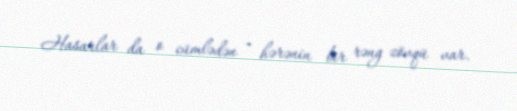
Hasarlar da o cümlədən - hərənin bir rəng zövqü var.